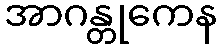
အာဂန္တုကေန